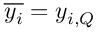
\overline { { y _ { i } } } = y _ { i , Q }